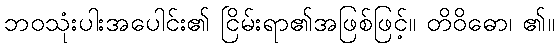
ဘဝသုံးပါးအပေါင်း၏ ငြိမ်းရာ၏အဖြစ်ဖြင့်။ တိဝိဓော၊ ၏။